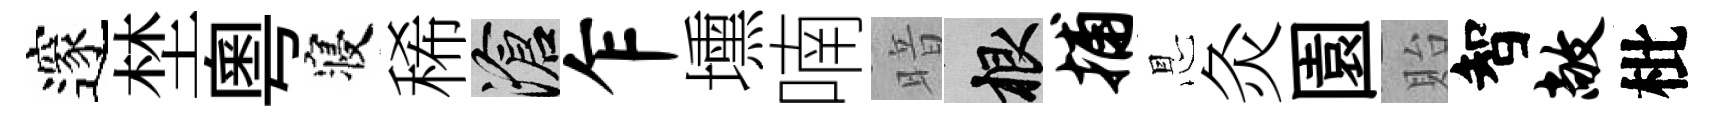
邃埜粤寝稀滄乍壎喃暗根捕㤙灸園貽智敞枇